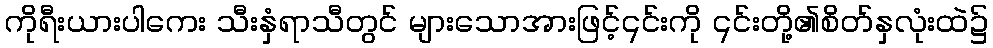
ကိုရီးယားပါကေး သီးနှံရာသီတွင် များသောအားဖြင့်၎င်းကို ၎င်းတို့၏စိတ်နှလုံးထဲ၌